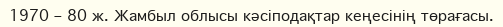
1970 – 80 ж. Жамбыл облысы кәсіподақтар кеңесінің төрағасы.